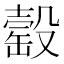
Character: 䍍